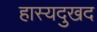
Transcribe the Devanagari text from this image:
हास्यदुखद